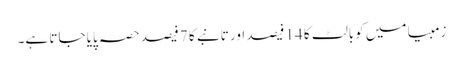
زمبیا میں کوبالٹ کا 14 فیصد اور تانبے کا 7 فیصد حصہ پایا جاتا ہے۔